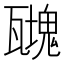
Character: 𤮟